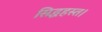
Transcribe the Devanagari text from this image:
सिद्धहस्त।